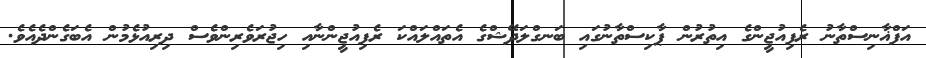
އަފްޣާނިސްތާނު ރެފިއުޖީންގެ އިތުރުން ޕާކިސްތާނުގައި ބަނގްލަދޭޝްގެ އެތައްލައްކަ ރެފިއުޖީންނާއި ހިޖުރަވެރިންވެސް ދިރިއުޅެމުން އެބަގެންދެއެވެ.